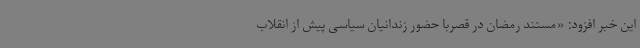
این خبر افزود: «مستند رمضان در قصربا حضور زندانیان سیاسی پیش از انقلاب